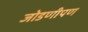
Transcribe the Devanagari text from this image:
जोडणीपण